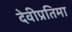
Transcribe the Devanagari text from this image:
देवीप्रतिमा